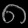
Digit: ၈